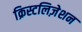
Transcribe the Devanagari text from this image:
क्रिस्टलिज़ेशन